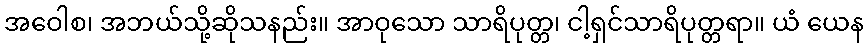
အဝေါစ၊ အဘယ်သို့ဆိုသနည်း။ အာဝုသော သာရိပုတ္တ၊ ငါ့ရှင်သာရိပုတ္တရာ။ ယံ ယေန